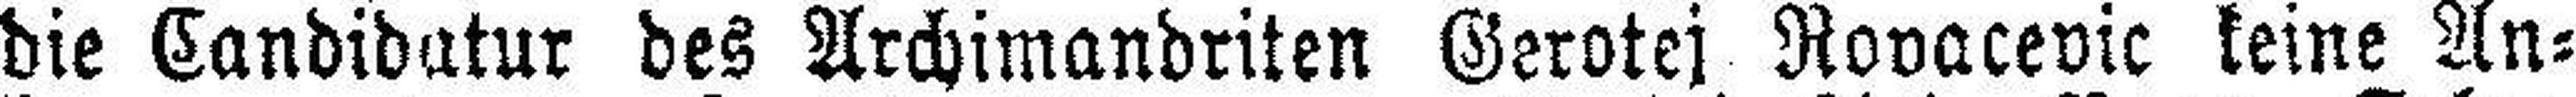
die Candidatur des Archimandriten Gerotej Rovacevic keine An¬